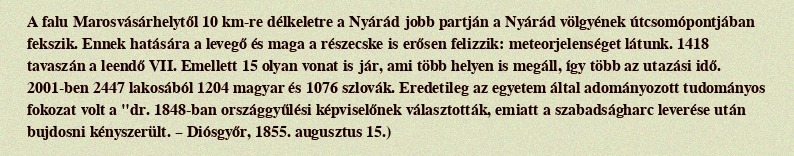
A falu Marosvásárhelytől 10 km-re délkeletre a Nyárád jobb partján a Nyárád völgyének útcsomópontjában fekszik. Ennek hatására a levegő és maga a részecske is erősen felizzik: meteorjelenséget látunk. 1418 tavaszán a leendő VII. Emellett 15 olyan vonat is jár, ami több helyen is megáll, így több az utazási idő. 2001-ben 2447 lakosából 1204 magyar és 1076 szlovák. Eredetileg az egyetem által adományozott tudományos fokozat volt a "dr. 1848-ban országgyűlési képviselőnek választották, emiatt a szabadságharc leverése után bujdosni kényszerült. – Diósgyőr, 1855. augusztus 15.)